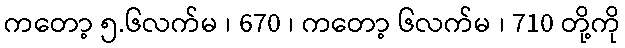
ကတော့ ၅.၆လက်မ ၊ 670 ၊ ကတော့ ၆လက်မ ၊ 710 တို့ကို